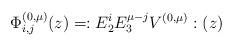
LaTeX: \begin{align*}\Phi_{i,j}^{(0 , \mu)}(z) = : E_{2}^{i} E_{3}^{\mu - j} V^{(0 , \mu)} : (z)\end{align*}